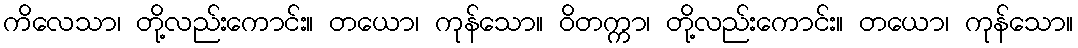
ကိလေသာ၊ တို့လည်းကောင်း။ တယော၊ ကုန်သော။ ဝိတက္ကာ၊ တို့လည်းကောင်း။ တယော၊ ကုန်သော။